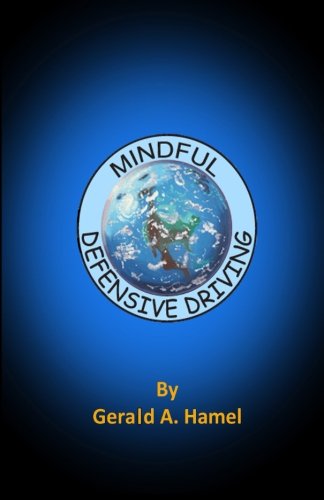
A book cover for Mindful Defensive Driving; Gerald A. Hamel; Test Preparation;